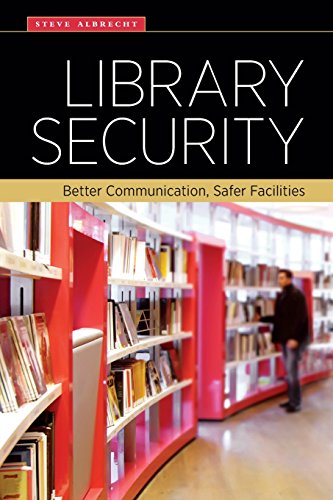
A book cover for Library Security: Better Communication, Safer Facilities; Steve Albrecht; Politics & Social Sciences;